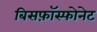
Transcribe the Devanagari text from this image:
बिसफ़ॉस्फोनेट